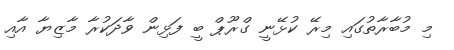
މި މުބާރާތުގައި މިރޭ ކުޅޭނީ ގްރޫޕް ބީ ފަޅިން ވާދަކުރާ މާޒިޔާ އާއި